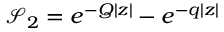
\mathcal { S } _ { 2 } = e ^ { - Q | z | } - e ^ { - q | z | }